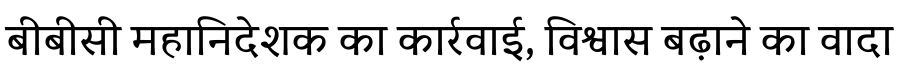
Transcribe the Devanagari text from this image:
बीबीसी महानिदेशक का कार्रवाई, विश्वास बढ़ाने का वादा